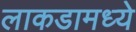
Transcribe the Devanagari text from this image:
लाकडामध्ये